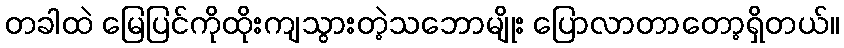
တခါထဲ မြေပြင်ကိုထိုးကျသွားတဲ့သဘောမျိုး ပြောလာတာတော့ရှိတယ်။